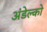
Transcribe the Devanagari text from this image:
अंडेल्को